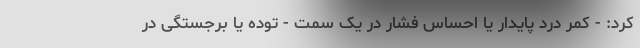
کرد: - کمر درد پایدار یا احساس فشار در یک سمت - توده یا برجستگی در